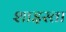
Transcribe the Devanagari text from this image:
शाइस्‍ता